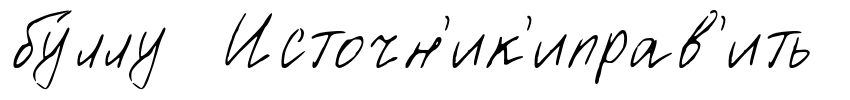
бу́ллу Источн'ик'иправ'ить